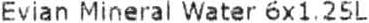
EVIAN MINERAL WATER 6X1.25L